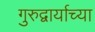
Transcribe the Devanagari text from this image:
गुरुद्वार्याच्या